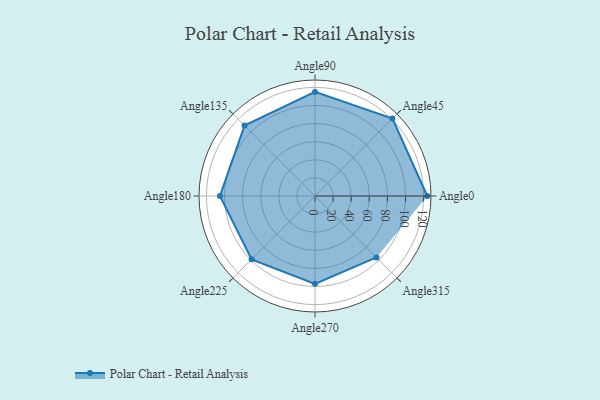
{"axis": {"x": "Angle", "y": "Radius"}, "legend": [""], "data": [{"x": "Angle0", "y": 124.0, "type": ""}, {"x": "Angle45", "y": 121.0, "type": ""}, {"x": "Angle90", "y": 115.0, "type": ""}, {"x": "Angle135", "y": 110.0, "type": ""}, {"x": "Angle180", "y": 105.0, "type": ""}, {"x": "Angle225", "y": 99.0, "type": ""}, {"x": "Angle270", "y": 97.0, "type": ""}, {"x": "Angle315", "y": 96.0, "type": ""}]}